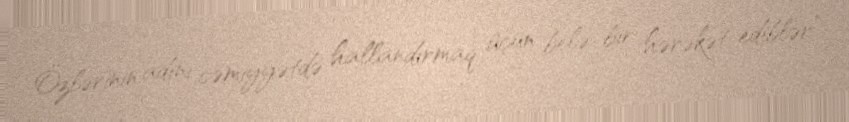
Özlərinin adını cəmiyyətdə hallandırmaq üçün belə bir hərəkət ediblər”.